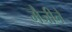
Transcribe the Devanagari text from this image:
मैजीने